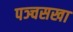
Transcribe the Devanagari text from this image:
पञ्चसखा